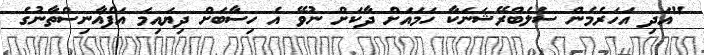
"އަދި އަހަރެމެން ސެލެބްރޭޝަނަކާ ހަމައަށް ދާކަށް ނުވޭ އެ ހިސާބަށް ދިޔައިމަ އަފްޣާނިސްތާނުގެ